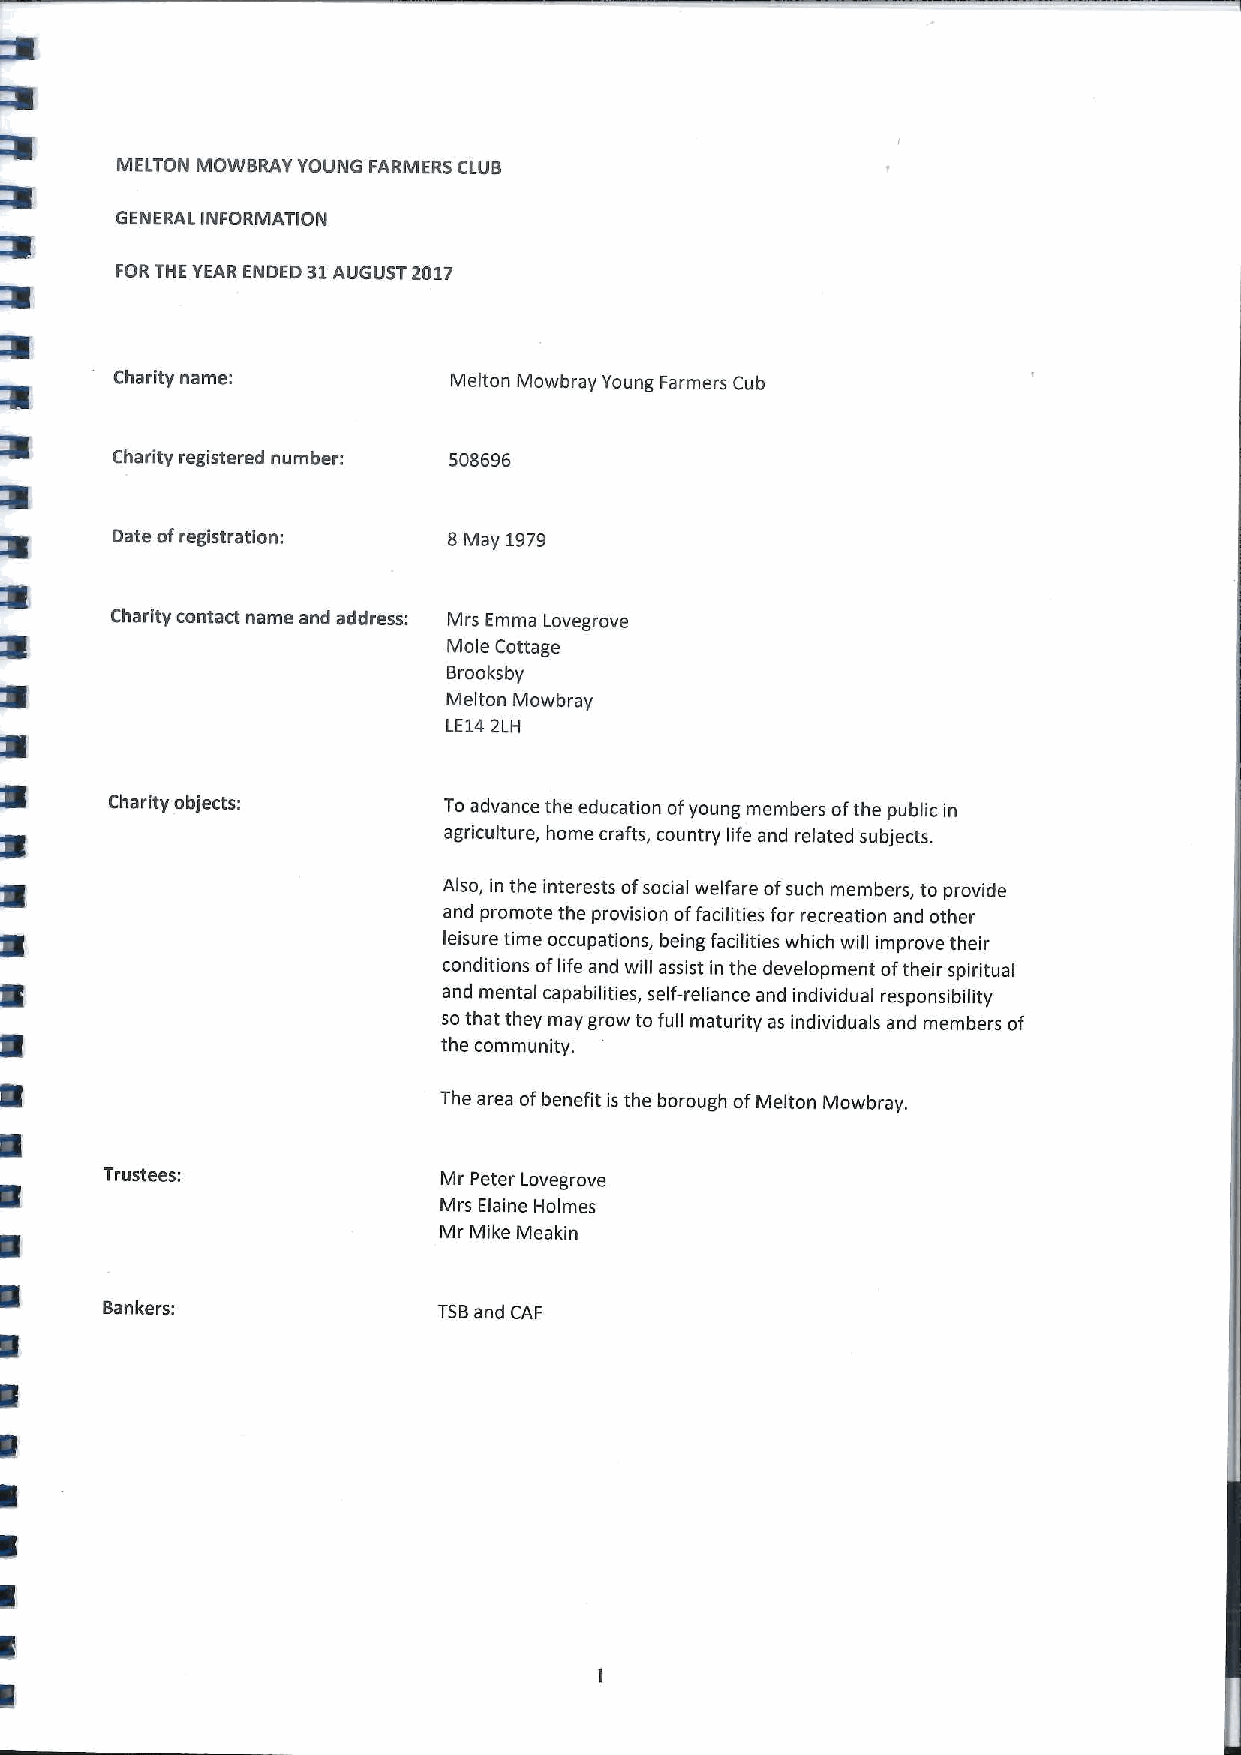
MELTON MOWBRAY YOUNG FARMERS CLUB
 GENERAL INFORMATION
 FOR THE YEAR ENDED 31AUGUST 2017
 Charity name:          Melton Mowbray Young Farmers Cub
 Charity registered number: 508696
 Date ofregistration:   8May 1979
 Charity contact name and address: Mrs Emma Lovegrove
 Mole Cottage
 Brooksby
 Melton Mowbray
 LE142LH
 Charity objects:      To advance the education ofyoung members ofthe public in
 agriculture, home crafts, country life and related subjects.
 also, in the interests ofsocial welfare ofsuch members, to provide
 and promote the provision offacilities for recreation and other
 leisure time occupations, being facilities which will improve their
 conditions oflife and will assist in the development oftheir spiritual
 and mental capabilities, self-reliance and individual responsibility
 so that they may grow to full maturity as individuals and members of
 the community.
 The area ofbenefit is the borough ofMelton Mowbray.
 Trustees:             Mr Peter Lovegrove
 Mrs Elaine Holmes
 Mr Mike Meakin
 Bankers:              TSBand CAF